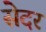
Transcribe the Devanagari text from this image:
सेदर